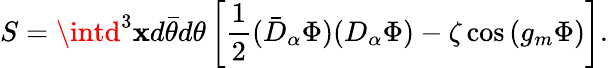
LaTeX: S=\intd^{3}\mathbf{x}d\bar{{\theta}}d\theta\left[\frac{1}{2}(\bar{{D}}_{\alpha}\Phi)(D_{\alpha}\Phi)-\zeta\cos\left(g_{m}\Phi\right)\right].